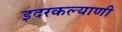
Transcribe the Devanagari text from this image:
इदरकल्याणी